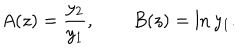
A ( z ) = \frac { y _ { 2 } } { y _ { 1 } } , \qquad B ( z ) = \ln { y _ { 1 } } .